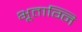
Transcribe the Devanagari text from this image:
भूताग्नि